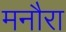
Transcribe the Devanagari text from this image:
मनौरा